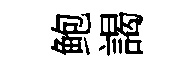
鲍謁